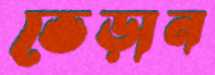
ভেড়ান